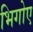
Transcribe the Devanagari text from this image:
भिगोए